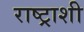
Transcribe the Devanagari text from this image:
राष्ट्राशी